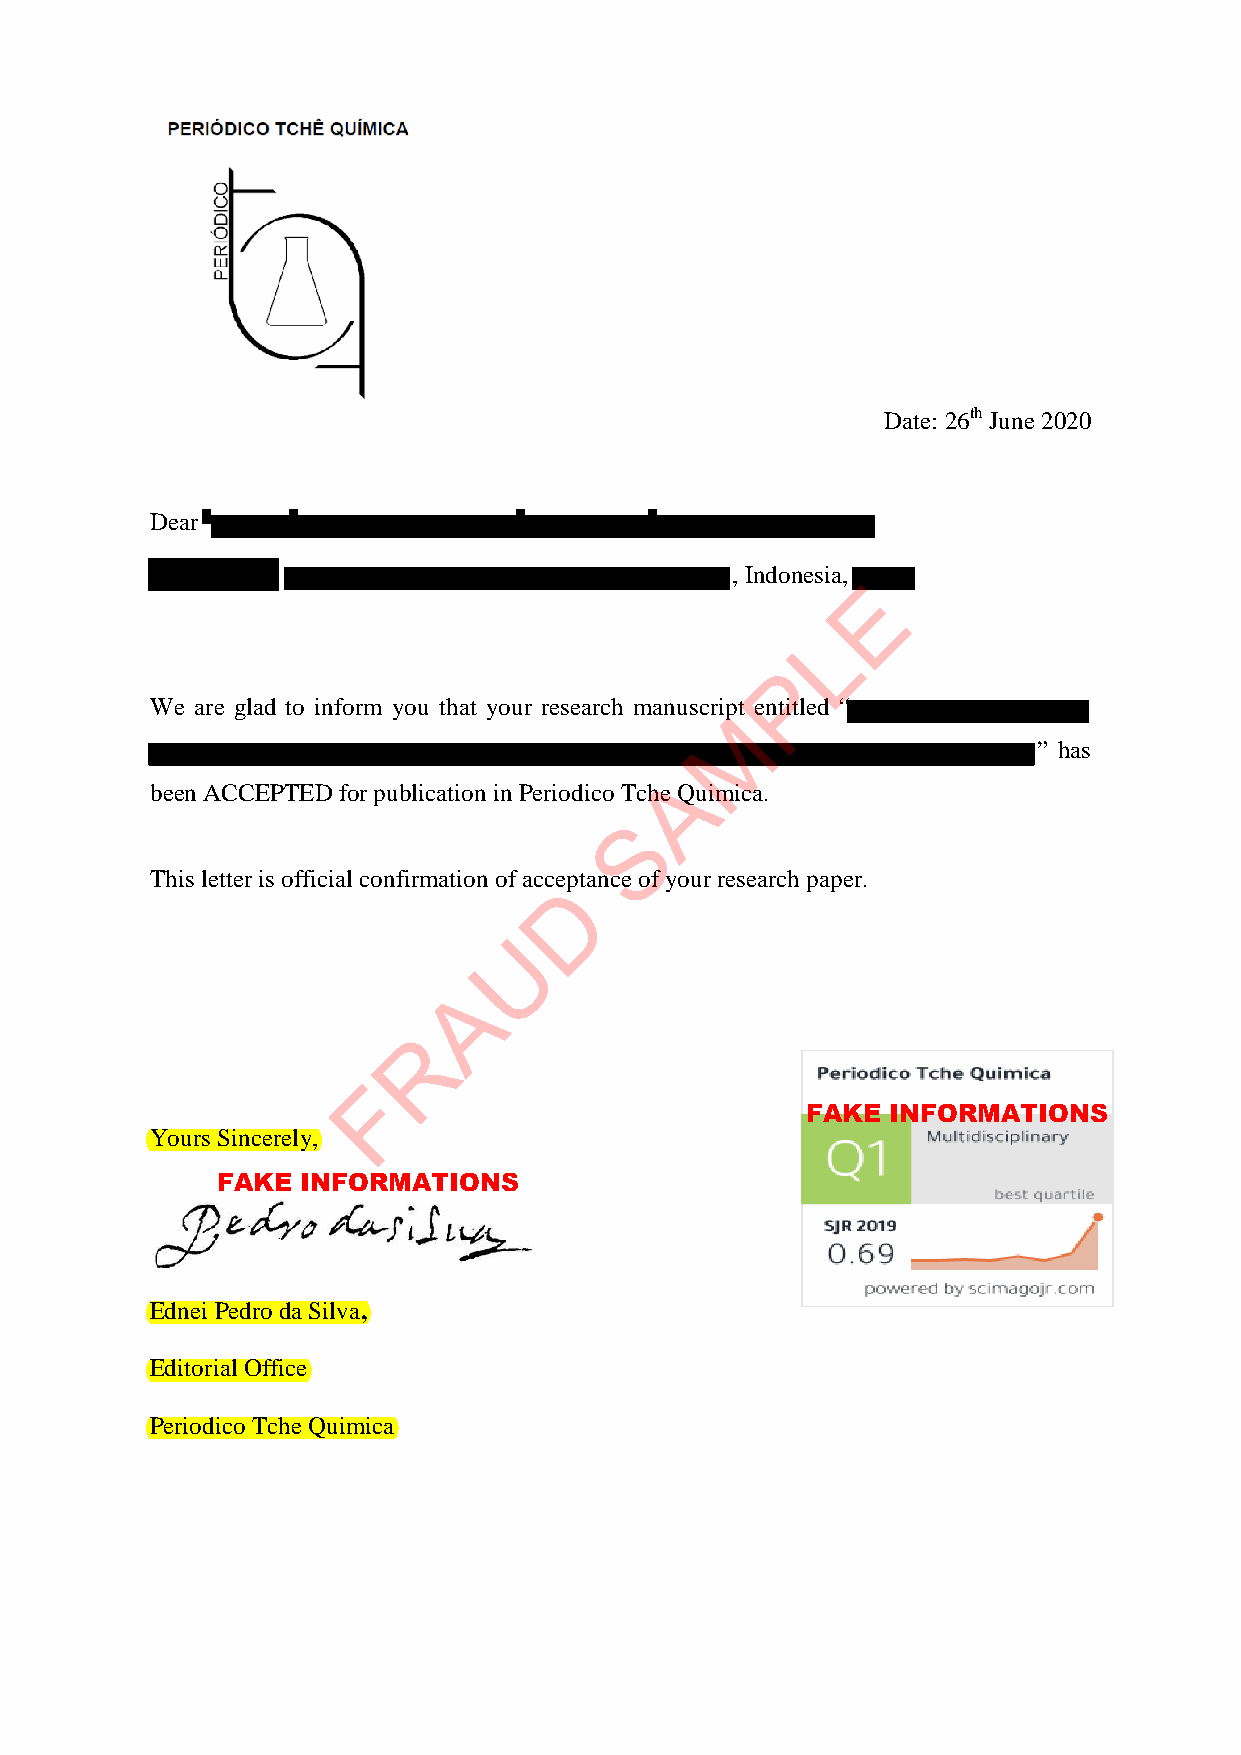
Date: 26th June 2020
 Dear
 , Indonesia,
 E
 L
 P
 We are glad to inform you that your research manuscript entitled “
 M
 ” has
 A
 been ACCEPTED for publication in Periodico Tche Quimica.
 S
 This letter is official confirmation of acceptance of your research paper.
 D
 U
 A
 R
 F
 FAKE  INFORMATIONS
 Yours Sincerely,
 FAKE  INFORMATIONS
 Ednei Pedro da Silva,
 Editorial Office
 Periodico Tche Quimica